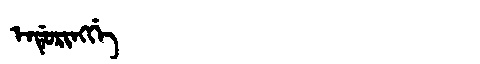
Manchu: ᡝᠨᡩᡠᡵᡳᠩᡤᡝ
Romanization: ENDURINGGE